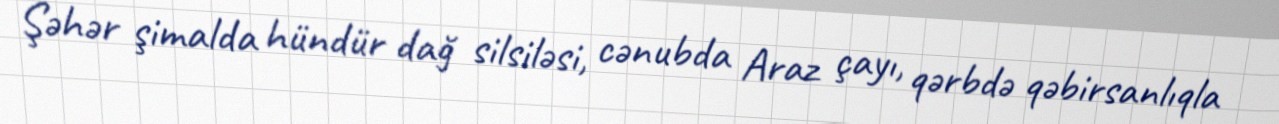
Şəhər şimalda hündür dağ silsiləsi, cənubda Araz çayı, qərbdə qəbirsanlıqla